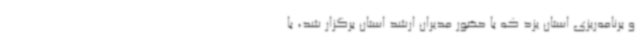
و برنامه‌ریزی استان یزد که با حضور مدیران ارشد استان برگزار شد، با